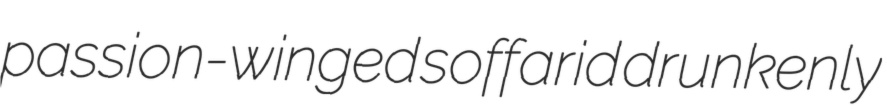
passion-winged soffarid drunkenly